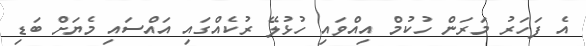
އެ ފަހަރު މަރަން ހުކުމް އިއްވައި ހުޅުލޭ ރުކެއްގައި އައްސައި މެޔަށް ބަޑި